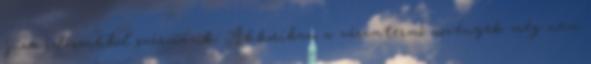
jura időszakból származik. Akkoriban a zárvatermő növények még nem